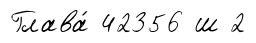
Глава́ 42356 ш 2